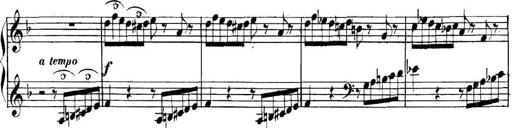
Title: Collected Piano Sonatas
Composer: Muzio Clementi